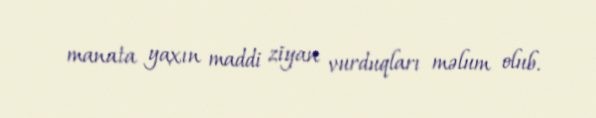
manata yaxın maddi ziyan vurduqları məlum olub.